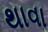
થાવા